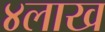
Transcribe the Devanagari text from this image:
४लाख